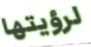
لرؤيتها